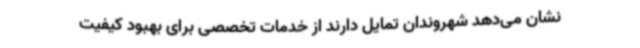
نشان می‌دهد شهروندان تمایل دارند از خدمات تخصصی برای بهبود کیفیت